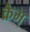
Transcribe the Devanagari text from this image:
क्रैम्